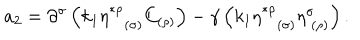
a _ { 2 } = \partial ^ { \sigma } \left( k _ { 1 } \eta _ { ( \sigma ) } ^ { * \rho } C _ { ( \rho ) } \right) - \gamma \left( k _ { 1 } \eta _ { ( \sigma ) } ^ { * \rho } \eta _ { \; ( \rho ) } ^ { \sigma } \right) .